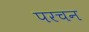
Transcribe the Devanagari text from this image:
परचन